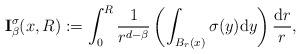
\begin{align*}{\bf I}^\sigma_\beta(x,R):=\int_0^R\frac{1}{r^{d-\beta}}\left(\int_{B_r(x)}\sigma(y){\rm d}y\right)\frac{{\rm d}r}{r},\end{align*}